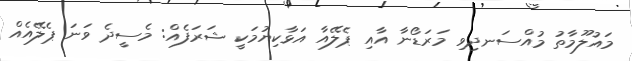
މައުލޫމާތު މުއްސަނދިވި މަރަޑޯނާ އާއި ޕެލޭއާ އަޅާކިޔުމަކީ ޝަރަފެއް: މެސީދެ ވަނަ ޕެލޭއެއް